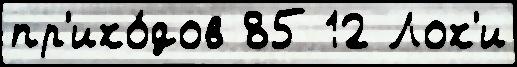
пр'ихо́дов 85 12 Лох'и